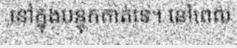
នៅក្នុងបន្ទុកគាត់ទេ។ នៅពេល